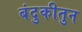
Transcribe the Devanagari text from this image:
बंदुकीतुन